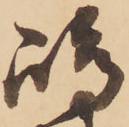
嶋